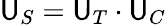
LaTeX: {\sf U}_{S}={\sf U}_{T}\cdot{\sf U}_{C}